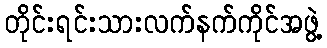
တိုင်းရင်းသားလက်နက်ကိုင်အဖွဲ့